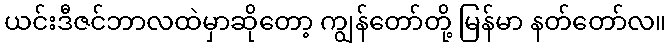
ယင်းဒီဇင်ဘာလထဲမှာဆိုတော့ ကျွန်တော်တို့ မြန်မာ နတ်တော်လ။